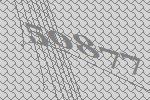
50877